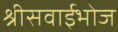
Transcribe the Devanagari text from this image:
श्रीसवाईभोज